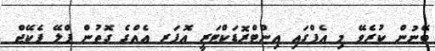
ބޭނުން ކުރެވޭ މި އެޕްގައި އިންޓްރޮޑަކްޓަރީ އޮފަރ އެއްގެ ގޮތުން ޕްލޭ ޕެކޭޖް